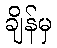
ချိန်မှ